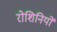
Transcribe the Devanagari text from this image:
रोशिनियों